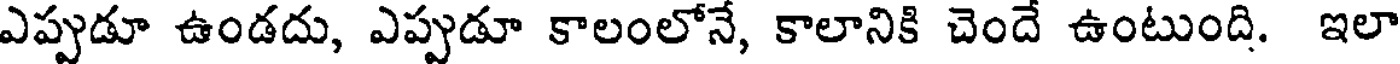
ఎప్పుడూ ఉండదు, ఎప్పుడూ కాలంలోనే, కాలానికి చెందే ఉంటుంది. ఇలా